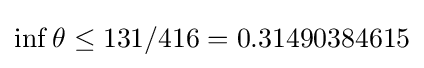
\inf \theta \leq 131/416=0.31490384615